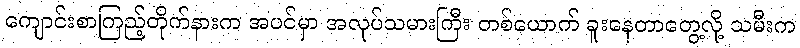
ကျောင်းစာကြည့်တိုက်နားက အပင်မှာ အလုပ်သမားကြီး တစ်ယောက် ခူးနေတာတွေ့လို့ သမီးက